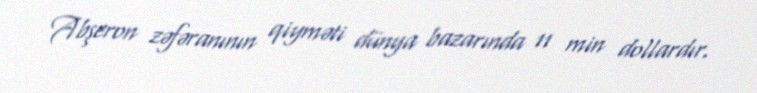
Abşeron zəfəranının qiyməti dünya bazarında 11 min dollardır.